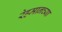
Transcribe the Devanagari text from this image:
रेहमानच्या